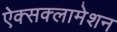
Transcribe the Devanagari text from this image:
ऐक्सक्लामेशन